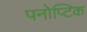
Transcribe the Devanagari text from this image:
पनोप्टिक